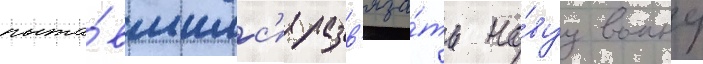
пыта́вшимс'я разв'яза́ть но́вуу воину